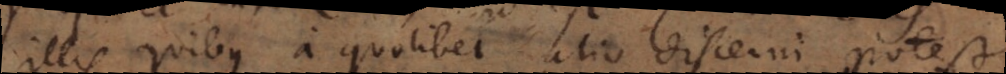
illis quibus a quolibet alio discerni potest,